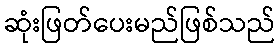
ဆုံးဖြတ်ပေးမည်ဖြစ်သည်